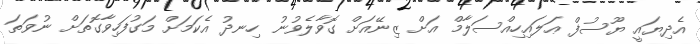
އެދިޔައީ ޔޫސުފް ޢަލައިހިއްސަލާމް އަށް ޒިނޭއަށް ގޮވާލެވުނު ހިނދު އެކަމަށް މަގުފަހިވާގޮތަށް ނުވަތަ